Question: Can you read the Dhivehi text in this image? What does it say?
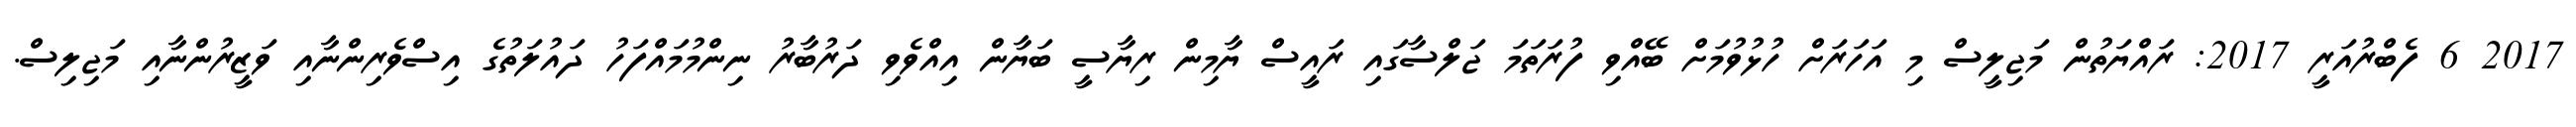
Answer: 2017 6 ފެބްރުއަރީ 2017: ރައްޔަތުން މަޖިލީސް މި އަހަރަށް ހުޅުވުމަށް ބޭއްވި ފުރަތަމަ ޖަލްސާގައި ރައީސް ޔާމިން ރިޔާސީ ބަޔާން އިއްވެވި ދަރުބާރު ނިންމުމައްފަހު ދައުލަތުގެ އިސްވެރިންނާއި ވަޒީރުންނާއި މަޖިލިސް.